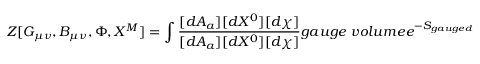
Z [ G _ { \mu \nu } , B _ { \mu \nu } , \Phi , X ^ { M } ] = \int \frac { [ d A _ { a } ] [ d X ^ { 0 } ] [ d \chi ] } { [ d A _ { a } ] [ d X ^ { 0 } ] [ d \chi ] } { g a u g e \ v o l u m e } e ^ { - S _ { g a u g e d } }